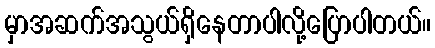
မှာအဆက်အသွယ်ရှိနေတာပါလို့ပြောပါတယ်။